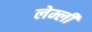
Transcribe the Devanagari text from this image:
लेम्ली